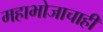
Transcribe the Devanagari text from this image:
महाभोजाचाही